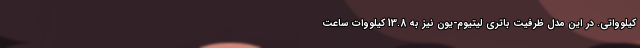
کیلوواتی. در این مدل ظرفیت باتری لیتیوم-یون نیز به 13.8 کیلووات ساعت